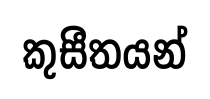
කුසීතයන්